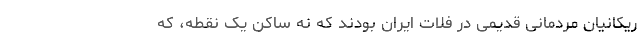
ریکانیان مردمانی قدیمی در فلات ایران بودند که نه ساکن یک نقطه، که